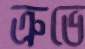
ত্রুভে